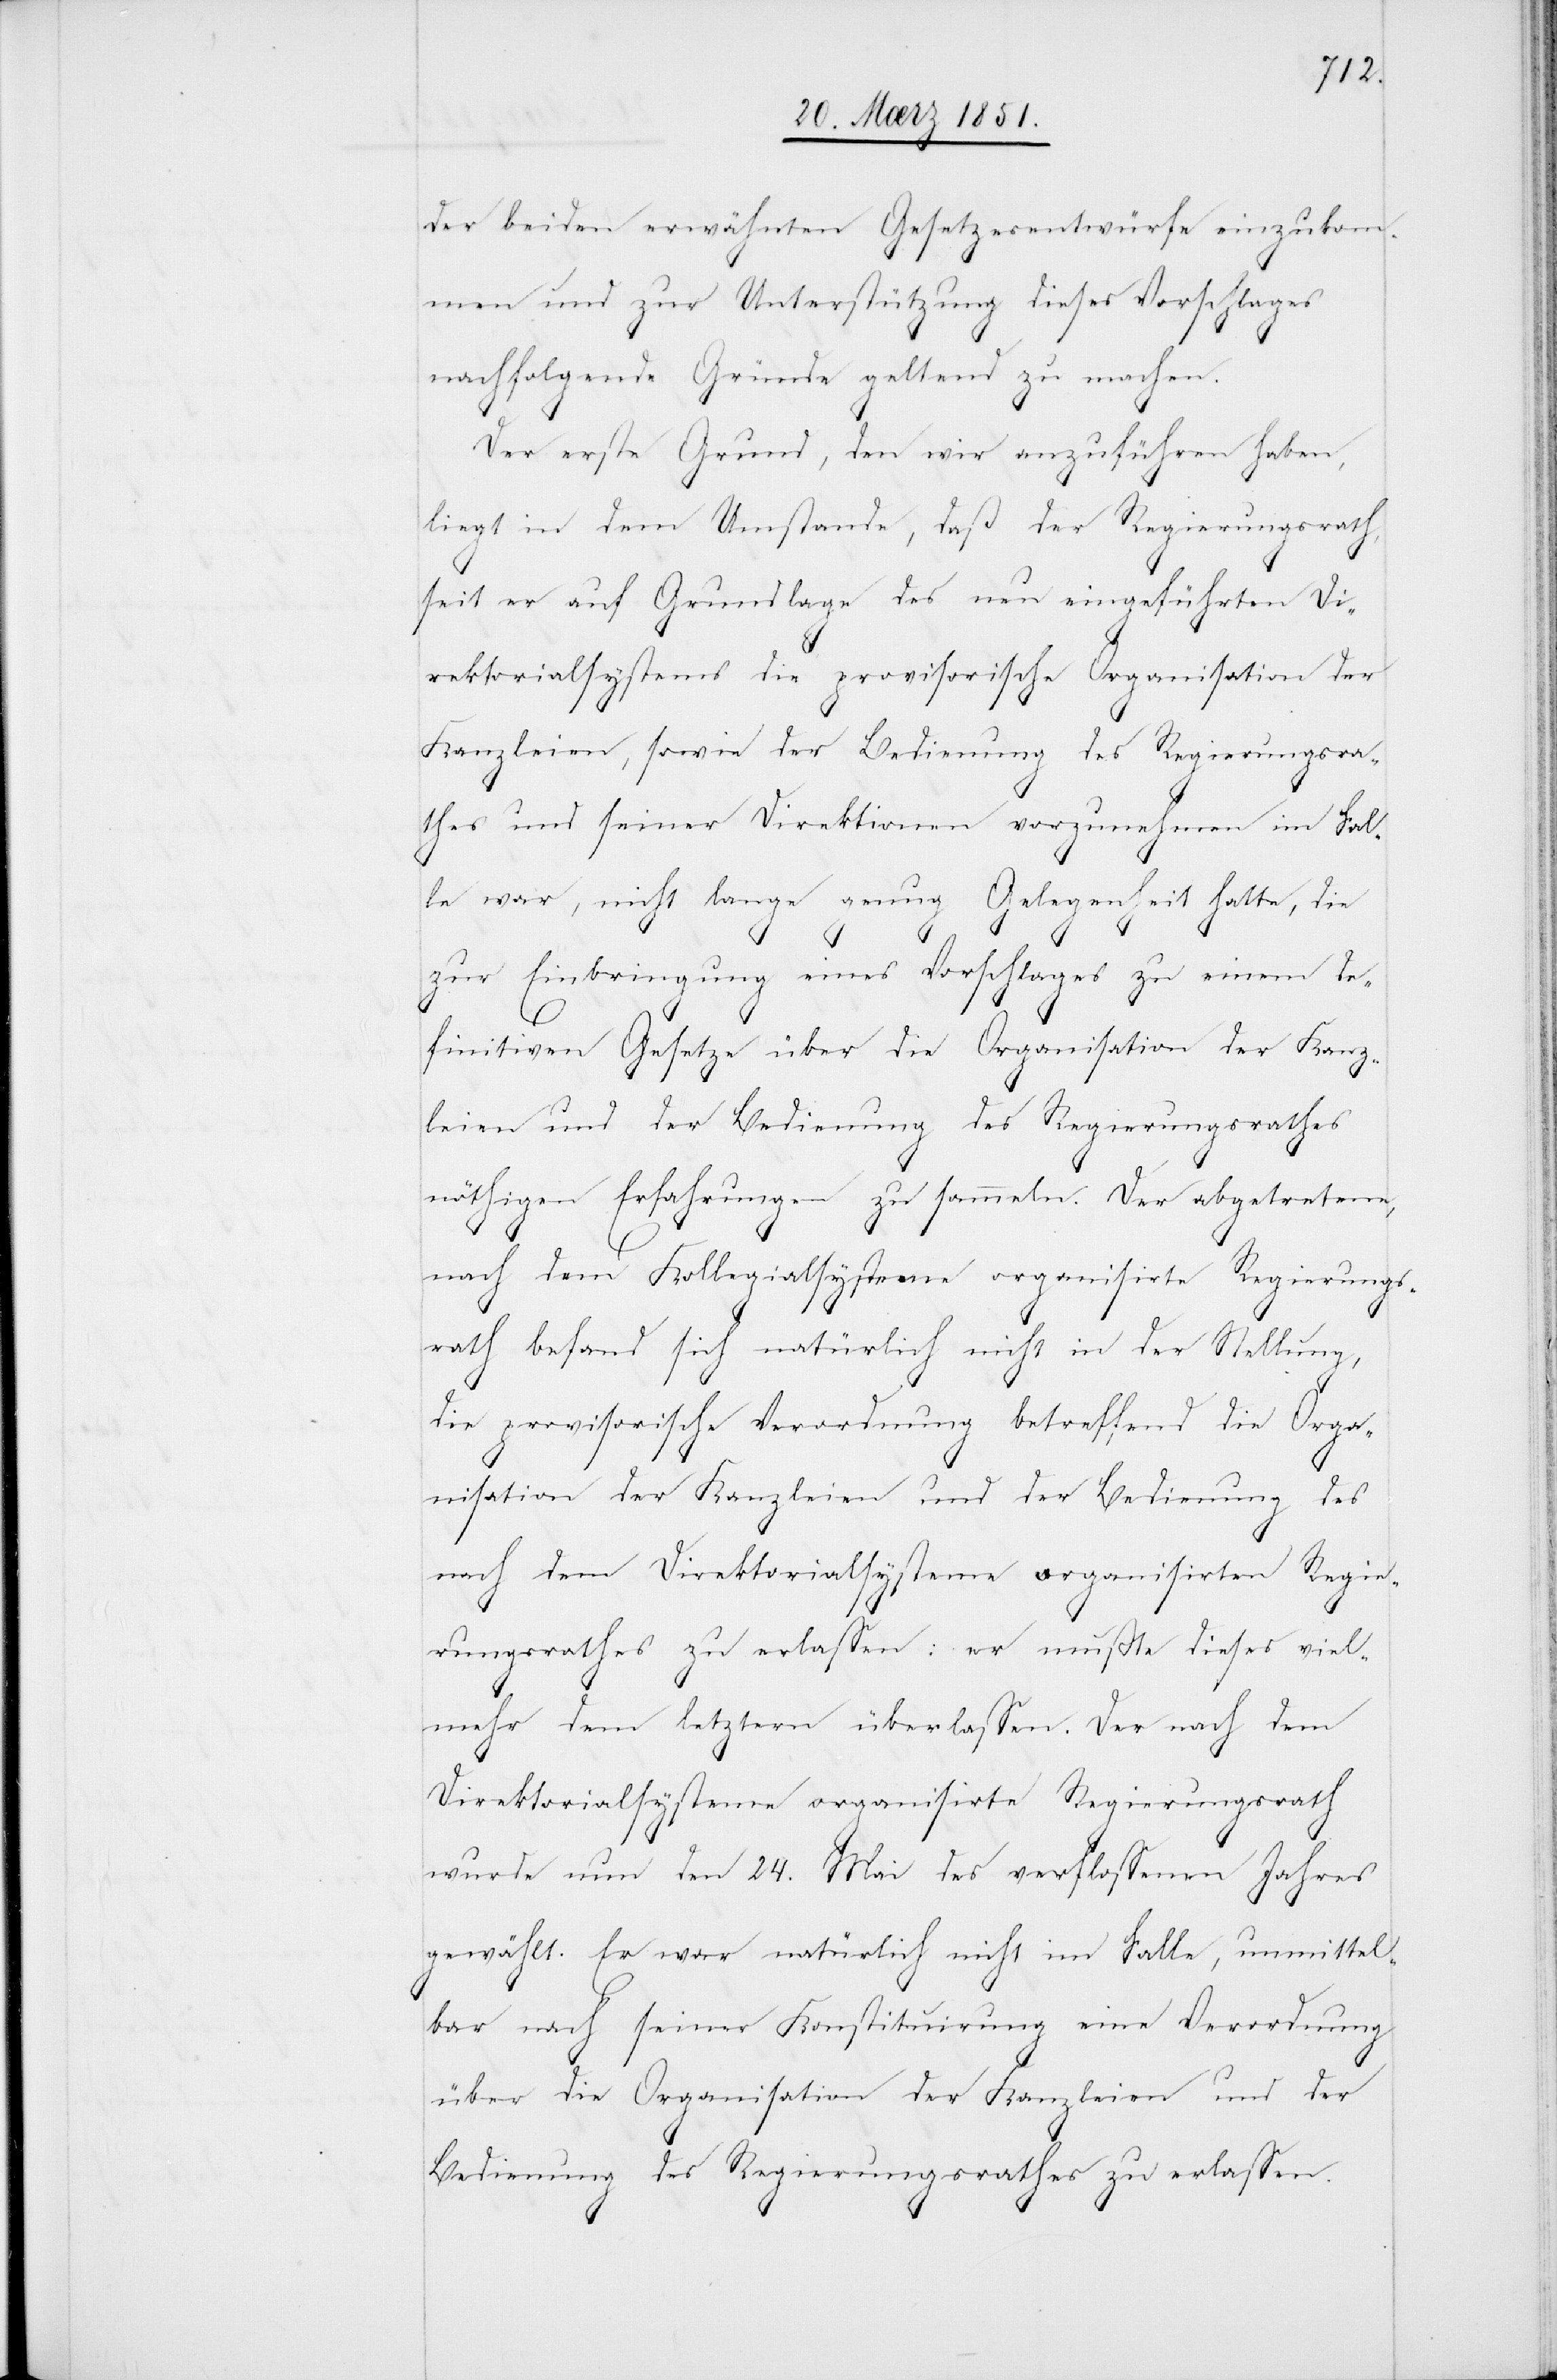
der beiden erwähnten Gesetzesentwürfe einzukom¬
men und zur Unterstützung dieses Vorschlages
nachfolgende Gründe geltend zu machen.
Der erste Grund, den wir anzuführen haben,
liegt in dem Umstande, daß der Regierungsrath,
seit er auf Grundlage des neu eingeführten Di¬
rektorialsystems die provisorische Organisation der
Kanzleien, sowie der Bedienung des Regierungsra¬
thes und seiner Direktionen vorzunehmen im Fal¬
le war, nicht lange genug Gelegenheit hatte, die
zur Einbringung eines Vorschlages zu einem de¬
finitiven Gesetze über die Organisation der Kanz¬
leien und der Bedienung des Regierungsrathes
nöthigen Erfahrungen zu sammeln. Der abgetretene,
nach dem Kollegialsysteme organisirte Regierungs¬
rath befand sich natürlich nicht in der Stellung,
die provisorische Verordnung betreffend die Orga¬
nisation der Kanzleien und der Bedienung des
nach dem Direktorialsysteme organisirten Regie¬
rungsrathes zu erlassen: er mußte dieses viel¬
mehr dem letztern überlassen. Der nach dem
Direktorialsysteme organisirte Regierungsrath
wurde nun den 24. Mai des verflossenen Jahres
gewählt. Er war natürlich nicht im Falle, unmittel¬
bar nach seiner Konstituirung eine Verordnung
über die Organisation der Kanzleien und der
Bedienung des Regierungsrathes zu erlassen.